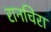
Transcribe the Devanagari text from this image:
रानचिरा